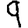
Digit: 9